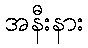
အနီးနား